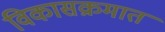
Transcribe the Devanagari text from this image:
विकासक्रमात